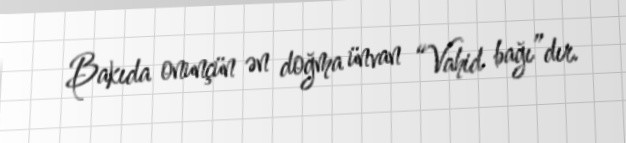
Bakıda onunçün ən doğma ünvan “Vahid bağı”dır.